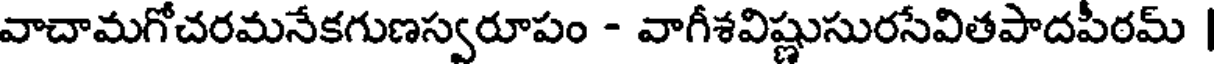
వాచామగోచరమనేకగుణస్వరూపం - వాగీశవిష్ణుసురసేవితపాదపీరమ్